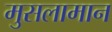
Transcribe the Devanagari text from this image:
मुसलामान